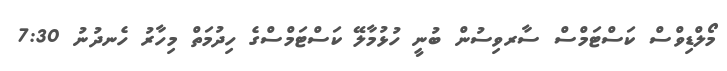
މޯލްޑިވްސް ކަސްޓަމްސް ސާރވިސުން ބުނީ ހުޅުމާލޭ ކަސްޓަމްސްގެ ހިދުމަތް މިހާރު ހެނދުނު 7:30